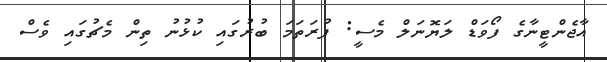
އާޖެންޓީނާގެ ފޯވަޑް ލަޔޮނަލް މެސީ: ފުރަތަމަ ބުރުގައި ކުޅުނު ތިން މެޗުގައި ވެސް